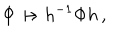
LaTeX: \Phi \mapsto h ^ { - 1 } \Phi h \, ,